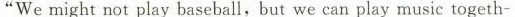
“We might not play baseball, but we can play music togeth